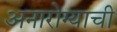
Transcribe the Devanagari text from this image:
अनारोग्याची